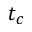
t _ { c }